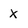
Character: X